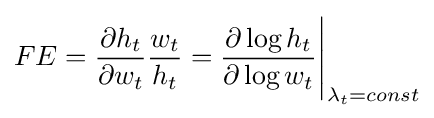
FE={\frac {\partial h_{t}}{\partial w_{t}}}{\frac {w_{t}}{h_{t}}}={\frac {\partial \log h_{t}}{\partial \log w_{t}}}{\Biggl |}_{\lambda _{t}=const}